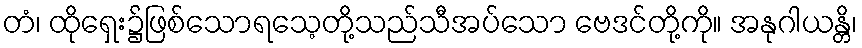
တံ၊ ထိုရှေး၌ဖြစ်သောရသေ့တို့သည်သီအပ်သော ဗေဒင်တို့ကို။ အနုဂါယန္တိ၊